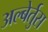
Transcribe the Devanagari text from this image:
अल्बेर्तुस